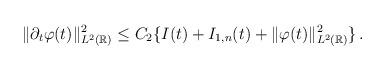
LaTeX: \begin{align*}\Vert\partial_t\varphi(t)\Vert^2_{L^2(\mathbb R)}\le C_2\{I(t)+I_{1,n}(t)+\Vert\varphi(t)\Vert^2_{L^2(\mathbb R)}\}\,.\end{align*}